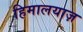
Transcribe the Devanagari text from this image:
हिमालयाज़